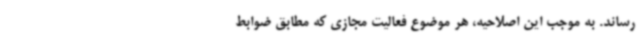
رساند. به موجب این اصلاحیه، هر موضوع فعالیت مجازی که مطابق ضوابط